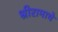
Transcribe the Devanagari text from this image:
श्रीरामाचे